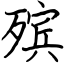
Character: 殡